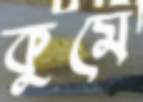
কুমে